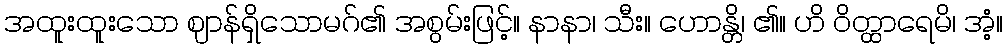
အထူးထူးသော ဈာန်ရှိသောမဂ်၏ အစွမ်းဖြင့်။ နာနာ၊ သီး။ ဟောန္တိ၊ ၏။ ဟိ ဝိတ္ထာရေမိ၊ အံ့။